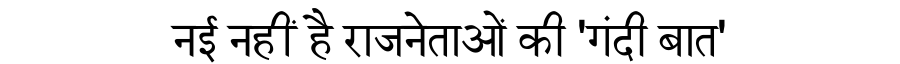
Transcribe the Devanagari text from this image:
नई नहीं है राजनेताओं की 'गंदी बात'